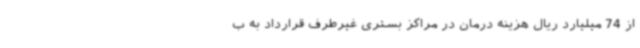
از 74 میلیارد ریال هزینه درمان در مراکز بستری غیرطرف قرارداد به ب